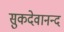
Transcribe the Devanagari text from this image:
सुकदेवानन्द